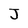
Character: J